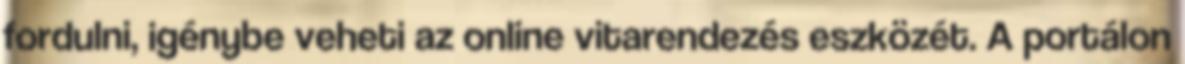
fordulni, igénybe veheti az online vitarendezés eszközét. A portálon